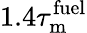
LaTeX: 1.4\tau_{\mathrm{m}}^{\mathrm{fuel}}